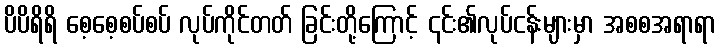
ပိပိရိရိ စေ့စေ့စပ်စပ် လုပ်ကိုင်တတ် ခြင်းတို့ကြောင့် ၎င်း၏လုပ်ငန်းများမှာ အစစအရာရာ